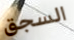
السجق